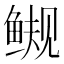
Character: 𫚜